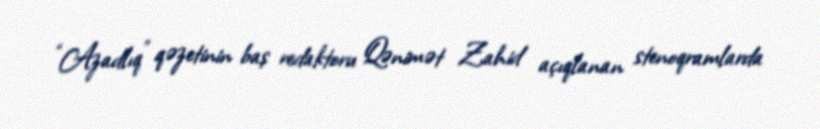
“Azadlıq” qəzetinin baş redaktoru Qənimət Zahid açıqlanan stenoqramlarda